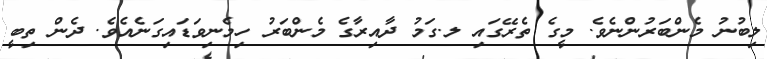
ލިބުނު މެންބަރުންނެވެ. މީގެ ތެރޭގައި ލ.ގަމު ދާއިރާގެ މެންބަރު ހިމެނިވަޑައިގަނެއެވެ. ދެން ތިބީ